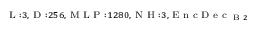
_ { \textrm { L } : 3 , \textrm { D } : 2 5 6 , \textrm { M L P } : 1 2 8 0 , \textrm { N H } : 3 , \textrm { E n c D e c } _ { \textrm { B } 2 } }